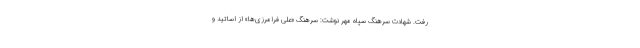
رفت. شهادت سرهنگ سپاه مهر نوشت: سرهنگ «علی فرامرزی‌ها» از اساتید و